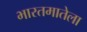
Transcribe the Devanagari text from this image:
भारतमातेला